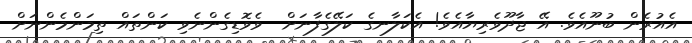
އެއުރެން ބުނޫއެވެ. އޭ ޖާދޫވެރިޔާއެވެ! އެކަލާނގެ ކަލޭގެފާނަށް  ވެވޮޑިގެންނެވި ކަންތައް ތިމަންމެންނަށް